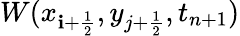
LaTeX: W(x_{\mathbf{i}+\frac{{1}}{{2}}},y_{j+\frac{{1}}{{2}}},t_{n+1})